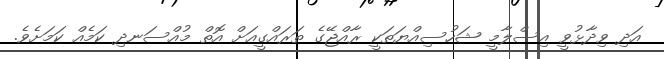
އަދި ވިދާޅުވީ އިސްލާމީ ޝަހުސިއްޔަތަކީ ރާއްޖޭގެ ތަރައްގީއަށް އޮތް މުއްސަނދި ކަމެއް ކަމަށެވެ.